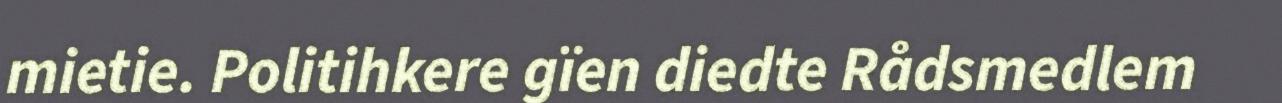
mietie. Politihkere gïen diedte Rådsmedlem